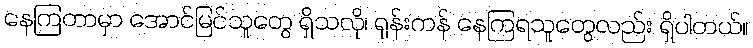
နေကြတာမှာ အောင်မြင်သူတွေ ရှိသလို၊ ရုန်းကန် နေကြရသူတွေလည်း ရှိပါတယ်။